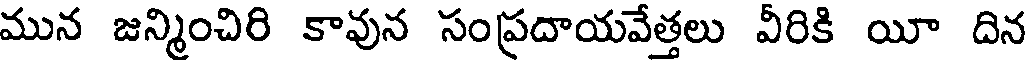
మున జన్మించిరి కావున సంప్రదాయవేత్తలు వీరికి యీ దిన